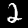
Label: 2